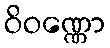
ဝိဝဏ္ဏော